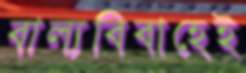
বাল্যবিবাহেই